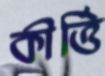
কীর্ত্তি